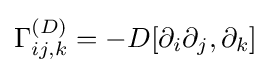
\Gamma _{ij,k}^{(D)}=-D[\partial _{i}\partial _{j},\partial _{k}]